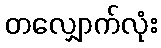
တလျှောက်လုံး